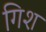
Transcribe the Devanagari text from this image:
गिश